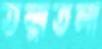
তল্লাতলা